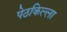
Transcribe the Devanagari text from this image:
पेठकिल्ला